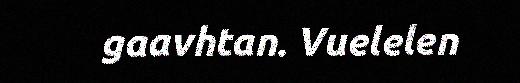
gaavhtan. Vuelelen